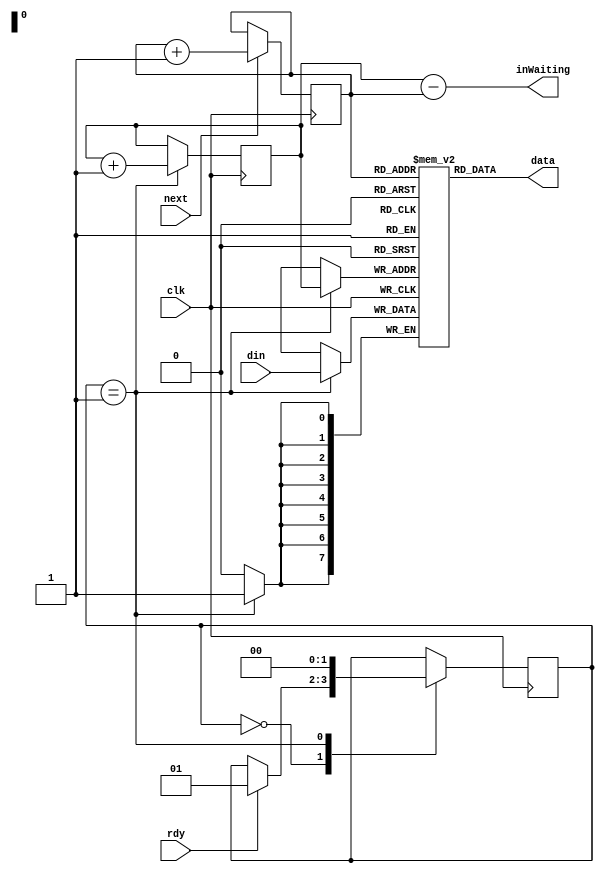
module uartRecFIFO(clk, rdy, din, data, next, inWaiting);
input clk;
input rdy;
input [7:0] din;
output [7:0] data;
input next;
output [7:0] inWaiting;

reg [7:0] mem [255:0];
reg [7:0] mem_write_adrs;
reg [7:0] mem_read_adrs;
assign inWaiting = mem_write_adrs - mem_read_adrs;
assign data = mem[mem_read_adrs];

reg [1:0] state = 2'b00;


always @ (posedge clk)
	begin
	if(next)
		begin
			mem_read_adrs <= mem_read_adrs + 1;
		end
	case (state)
	2'b00:
		begin
			if(rdy)
				begin
					state <= 2'b01;
				end
		end
	2'b01:
		begin
				mem[mem_write_adrs] <= din;
				mem_write_adrs <= mem_write_adrs + 1;
				state <= 2'b00;
		end
	endcase
	end
endmodule